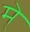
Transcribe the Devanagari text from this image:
मे्